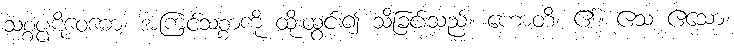
သစ္စပ္ပဋိဝေဓော၊ အကြင်သစ္စာကို ထိုးထွင်း၍ သိခြင်းသည်။ ဟောတိ၊ ၏။ ဧသ ဧသော၊